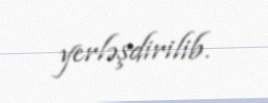
yerləşdirilib.